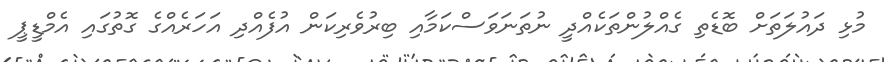
މުޅި ދައުލަތަށް ބޮޑެތި ގެއްލުންތަކެއްދީ ނުތަނަވަސްކަމާއި ބިރުވެރިކަން އުފެއްދި އަހަރެއްގެ ގޮތުގައި އެމްޑީޕީ